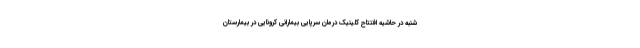
شنبه در حاشیه افتتاح کلینیک درمان سرپایی بیمارانی کرونایی در بیمارستان